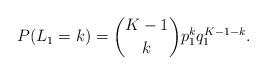
LaTeX: \begin{align*}P(L_1 =k) &= {K-1 \choose k}p_1^kq_1^{K-1-k} .\end{align*}